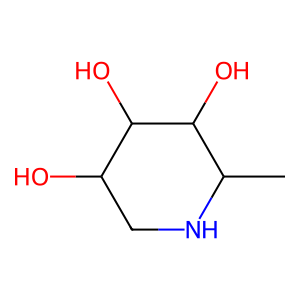
SMILES: CC1NCC(O)C(O)C1O
Inhibits HIV replication: No